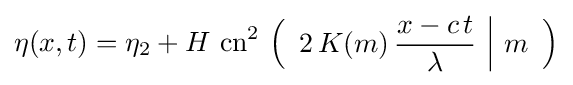
\eta (x,t)=\eta _{2}+H\,\operatorname {cn} ^{2}\,\left({\begin{array}{c|c}\displaystyle 2\,K(m)\,{\frac {x-c\,t}{\lambda }}&m\end{array}}\right)